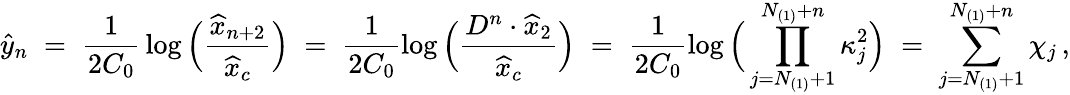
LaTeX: \widehat{y}_{n}\; =\; \frac{1}{2C_{0}}\, \log\Big(\frac{\widehat{x}_{n+2}}{\widehat{x}_{c}}\Big)\; =\; \frac{1}{2C_{0}}\log\Big(\frac{D^{n}\cdot\widehat{x}_{2}}{\widehat{x}_{c}}\Big)\; =\; \frac{1}{2C_{0}}\log\Big(\prod_{j=N_{(1)}+1}^{N_{(1)}+n}\kappa_{j}^{2}\Big)\; =\; \sum_{j=N_{(1)}+1}^{N_{(1)}+n}\chi_{j}\, ,